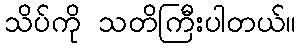
သိပ်ကို သတိကြီးပါတယ်။